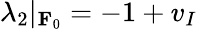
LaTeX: \lambda_{2}|_{\mathbf{F}_{0}}=-1+v_{I}